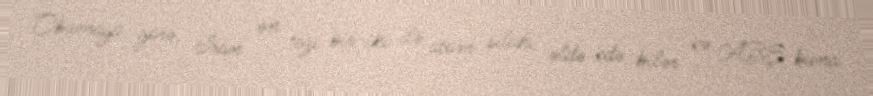
Obamaya görə, İran ən tezi bir-iki ilə atom silahı əldə edə bilər və ABŞ buna